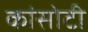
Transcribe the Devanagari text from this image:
कांसोटी